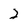
Character: 2